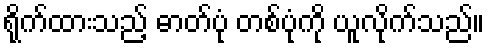
ရိုက်ထားသည့် ဓာတ်ပုံ တစ်ပုံကို ယူလိုက်သည်။